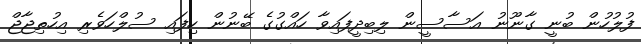
ފުލުހުން ބުނީ ގާނޫނު އަސާސީން ލިބިދީފައިވާ ހައްގުގެ ބޭނުން ހިފައި ސުލްހަވެރި އިހުތިޖާޖް